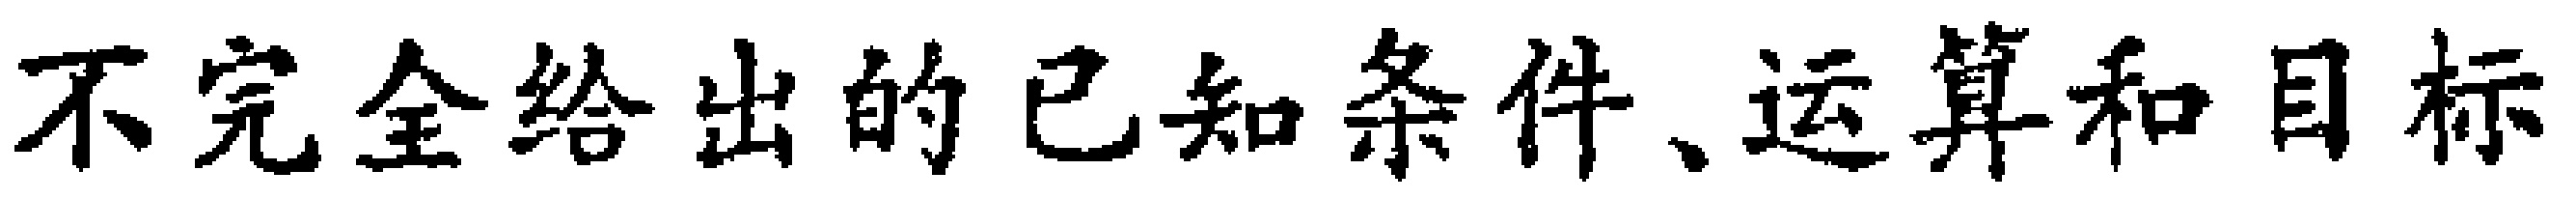
不完全给出的已知条件、运算和目标